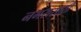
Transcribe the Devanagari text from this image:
नगरासाठी